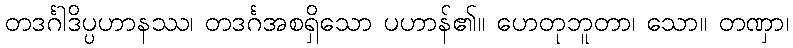
တဒင်္ဂါဒိပ္ပဟာနဿ၊ တဒင်္ဂအစရှိသော ပဟာန်၏။ ဟေတုဘူတာ၊ သော။ တဏှာ၊